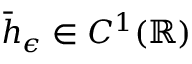
\bar { h } _ { \epsilon } \in C ^ { 1 } ( \mathbb { R } )